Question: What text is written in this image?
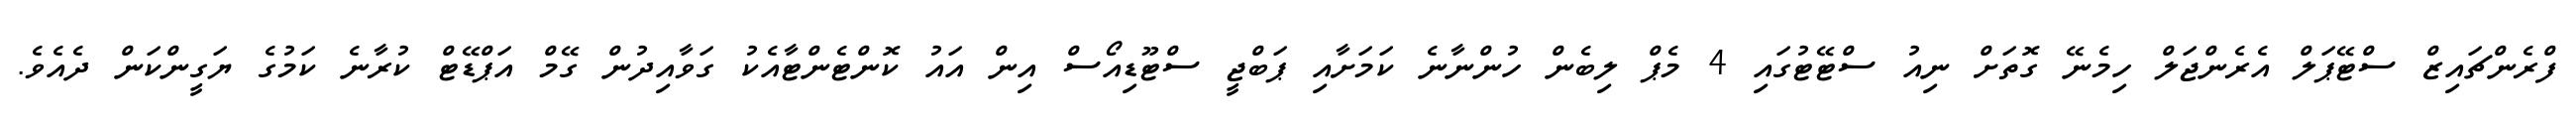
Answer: ފްރެންޗައިޒް ސްޓޭޕަލް އެރެންޖަލް ހިމެނޭ ގޮތަށް ނިއު ސްޓޭޓުގައި 4 މެޕް ލިބެން ހުންނާނެ ކަމަށާއި ޕަބްޖީ ސްޓޫޑިއޯސް އިން އައު ކޮންޓެންޓާއެކު ގަވާއިދުން ގޭމް އަޕްޑޭޓް ކުރާނެ ކަމުގެ ޔަގީންކަން ދެއެވެ.